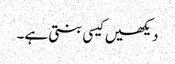
دیکھیں کیسی بنتی ہے۔